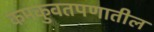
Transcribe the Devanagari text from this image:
कमकुवतपणातील